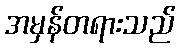
အမှန်တရားသည်